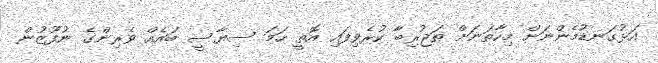
އަޅުގަނޑުމެންނަށް މިހާތަނަށް ތަޖުރިބާ ކުރެވިފައި އޮތީ ހަމަ ސިޔާސީ ބައެއް ވެރިންގެ ނުފޫޒުން